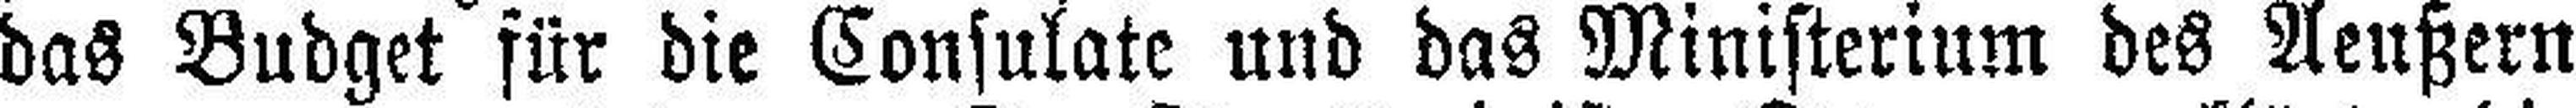
das Budget für die Consulate und das Ministerium des Aeußern